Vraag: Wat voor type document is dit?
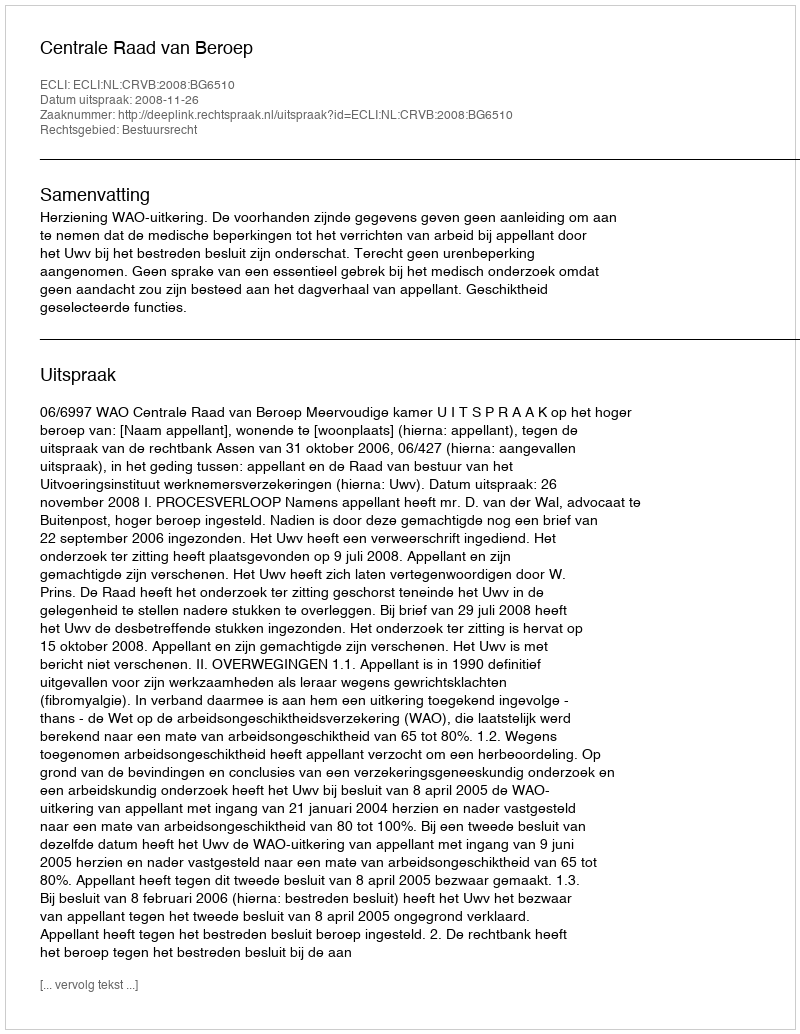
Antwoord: Uitspraak